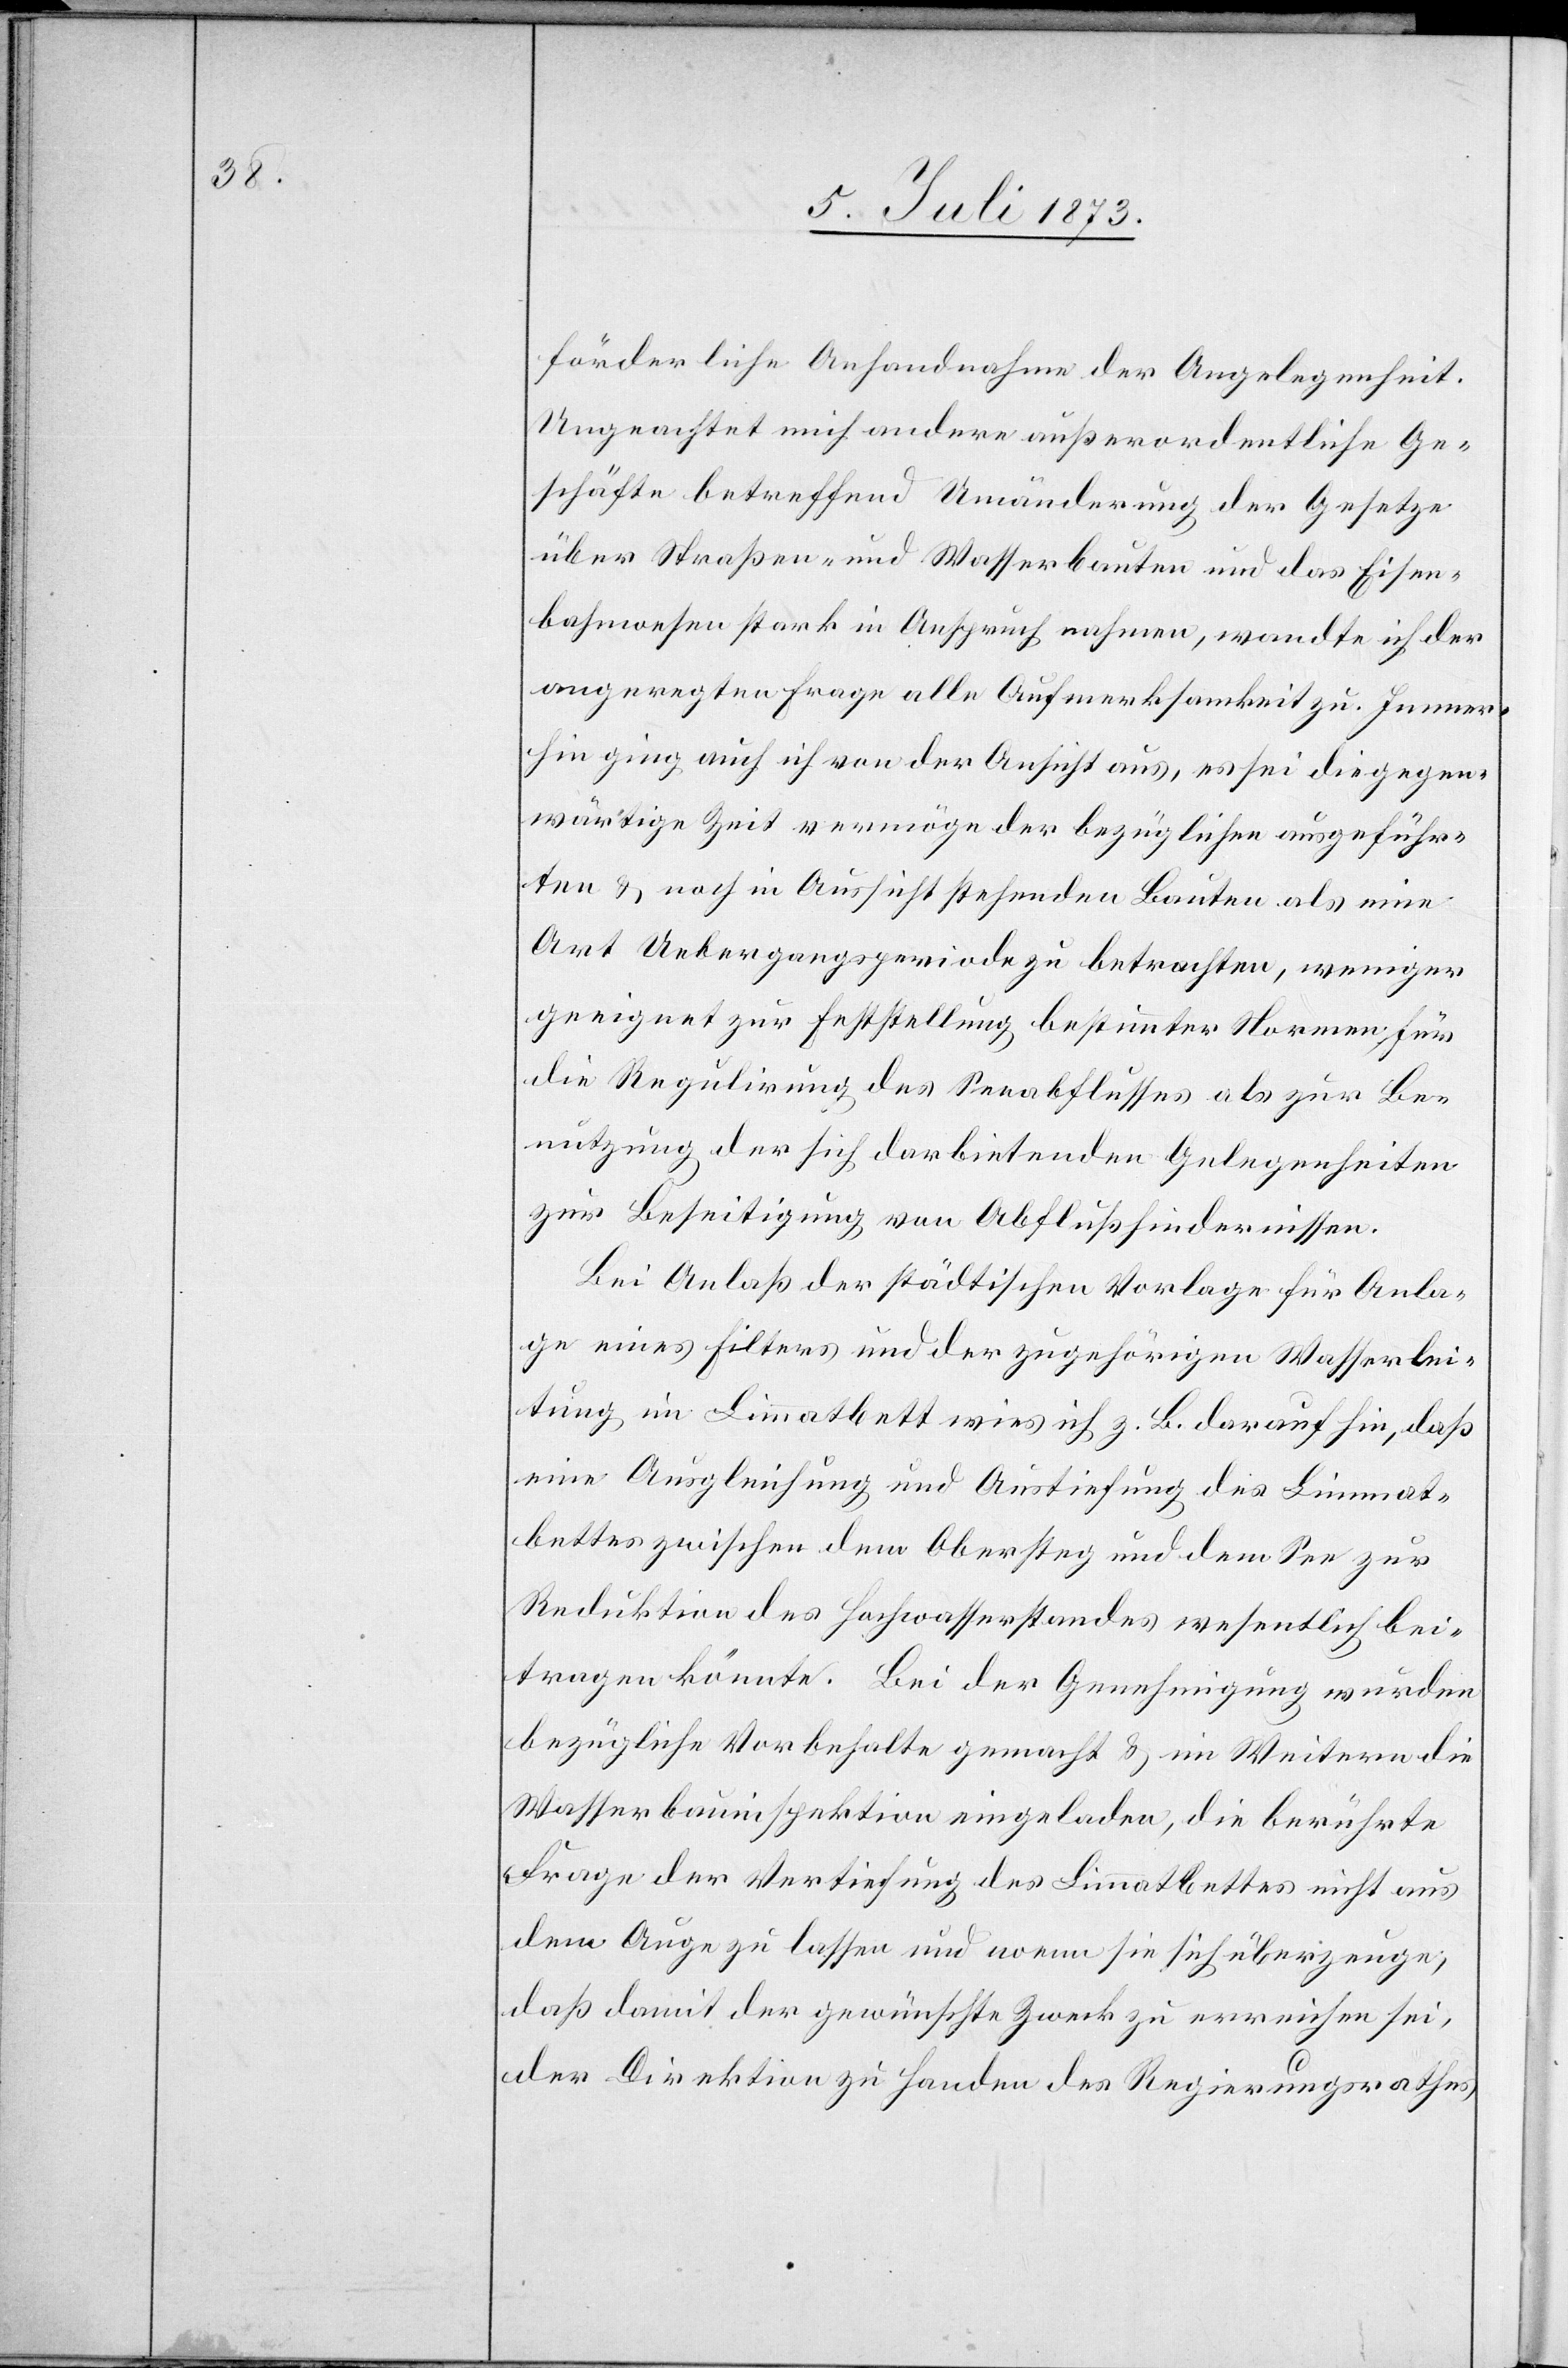
förderliche Anhandnahme der Angelegenheit.
Ungeachtet mich andere außerordentliche Ge¬
schäfte betreffend Umänderung der Gesetze
über Straßen- und Wasserbauten und das Eisen¬
bahnwesen stark in Anspruch nahmen, wandte ich der
angeregten Frage alle Aufmerksamkeit zu. Immer¬
hin ging auch ich von der Ansicht aus, es sei die gegen¬
wärtige Zeit vermöge der bezüglichen ausgeführ¬
ten & noch in Aussicht stehenden Bauten als eine
Art Uebergangsperiode zu betrachten, weniger
geeignet zur Feststellung bestimmter Normen für
die Regulirung des Seeabflusses als zur Be¬
nutzung der sich darbietenden Gelegenheiten
zur Beseitigung von Abflußhindernissen.
Bei Anlaß der städtischen Vorlage für Anla¬
ge eines Filters und der zugehörigen Wasserlei¬
tung im Limmatbett wies ich z. B. darauf hin, daß
eine Ausgleichung und Austiefung des Limmat¬
bettes zwischen dem Obersteg und dem See zur
Reduktion des Hochwasserstandes wesentlich bei¬
tragen könnte. Bei der Genehmigung wurden
bezügliche Vorbehalte gemacht & im Weitern die
Wasserbauinspektion eingeladen, die berührte
Frage der Vertiefung des Limmatbettes nicht aus
dem Auge zu lassen und wenn sie sich überzeuge,
daß damit der gewünschte Zweck zu erreichen sei,
der Direktion zu Handen des Regierungsrathes,